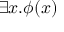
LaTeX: \exists x . \phi ( x )